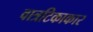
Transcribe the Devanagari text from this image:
वात्रटिकाकार